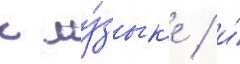
к му́зык'е / и́